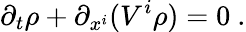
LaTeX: \partial_{t}\rho+\partial_{x^{i}}(V^{i}\rho)=0\ .